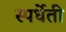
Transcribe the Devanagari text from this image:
स्पर्धेती